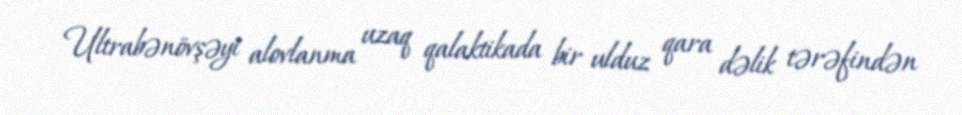
Ultrabənövşəyi alovlanma uzaq qalaktikada bir ulduz qara dəlik tərəfindən